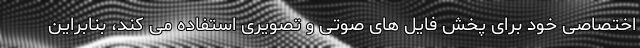
اختصاصی خود برای پخش فایل های صوتی و تصویری استفاده می کند، بنابراین